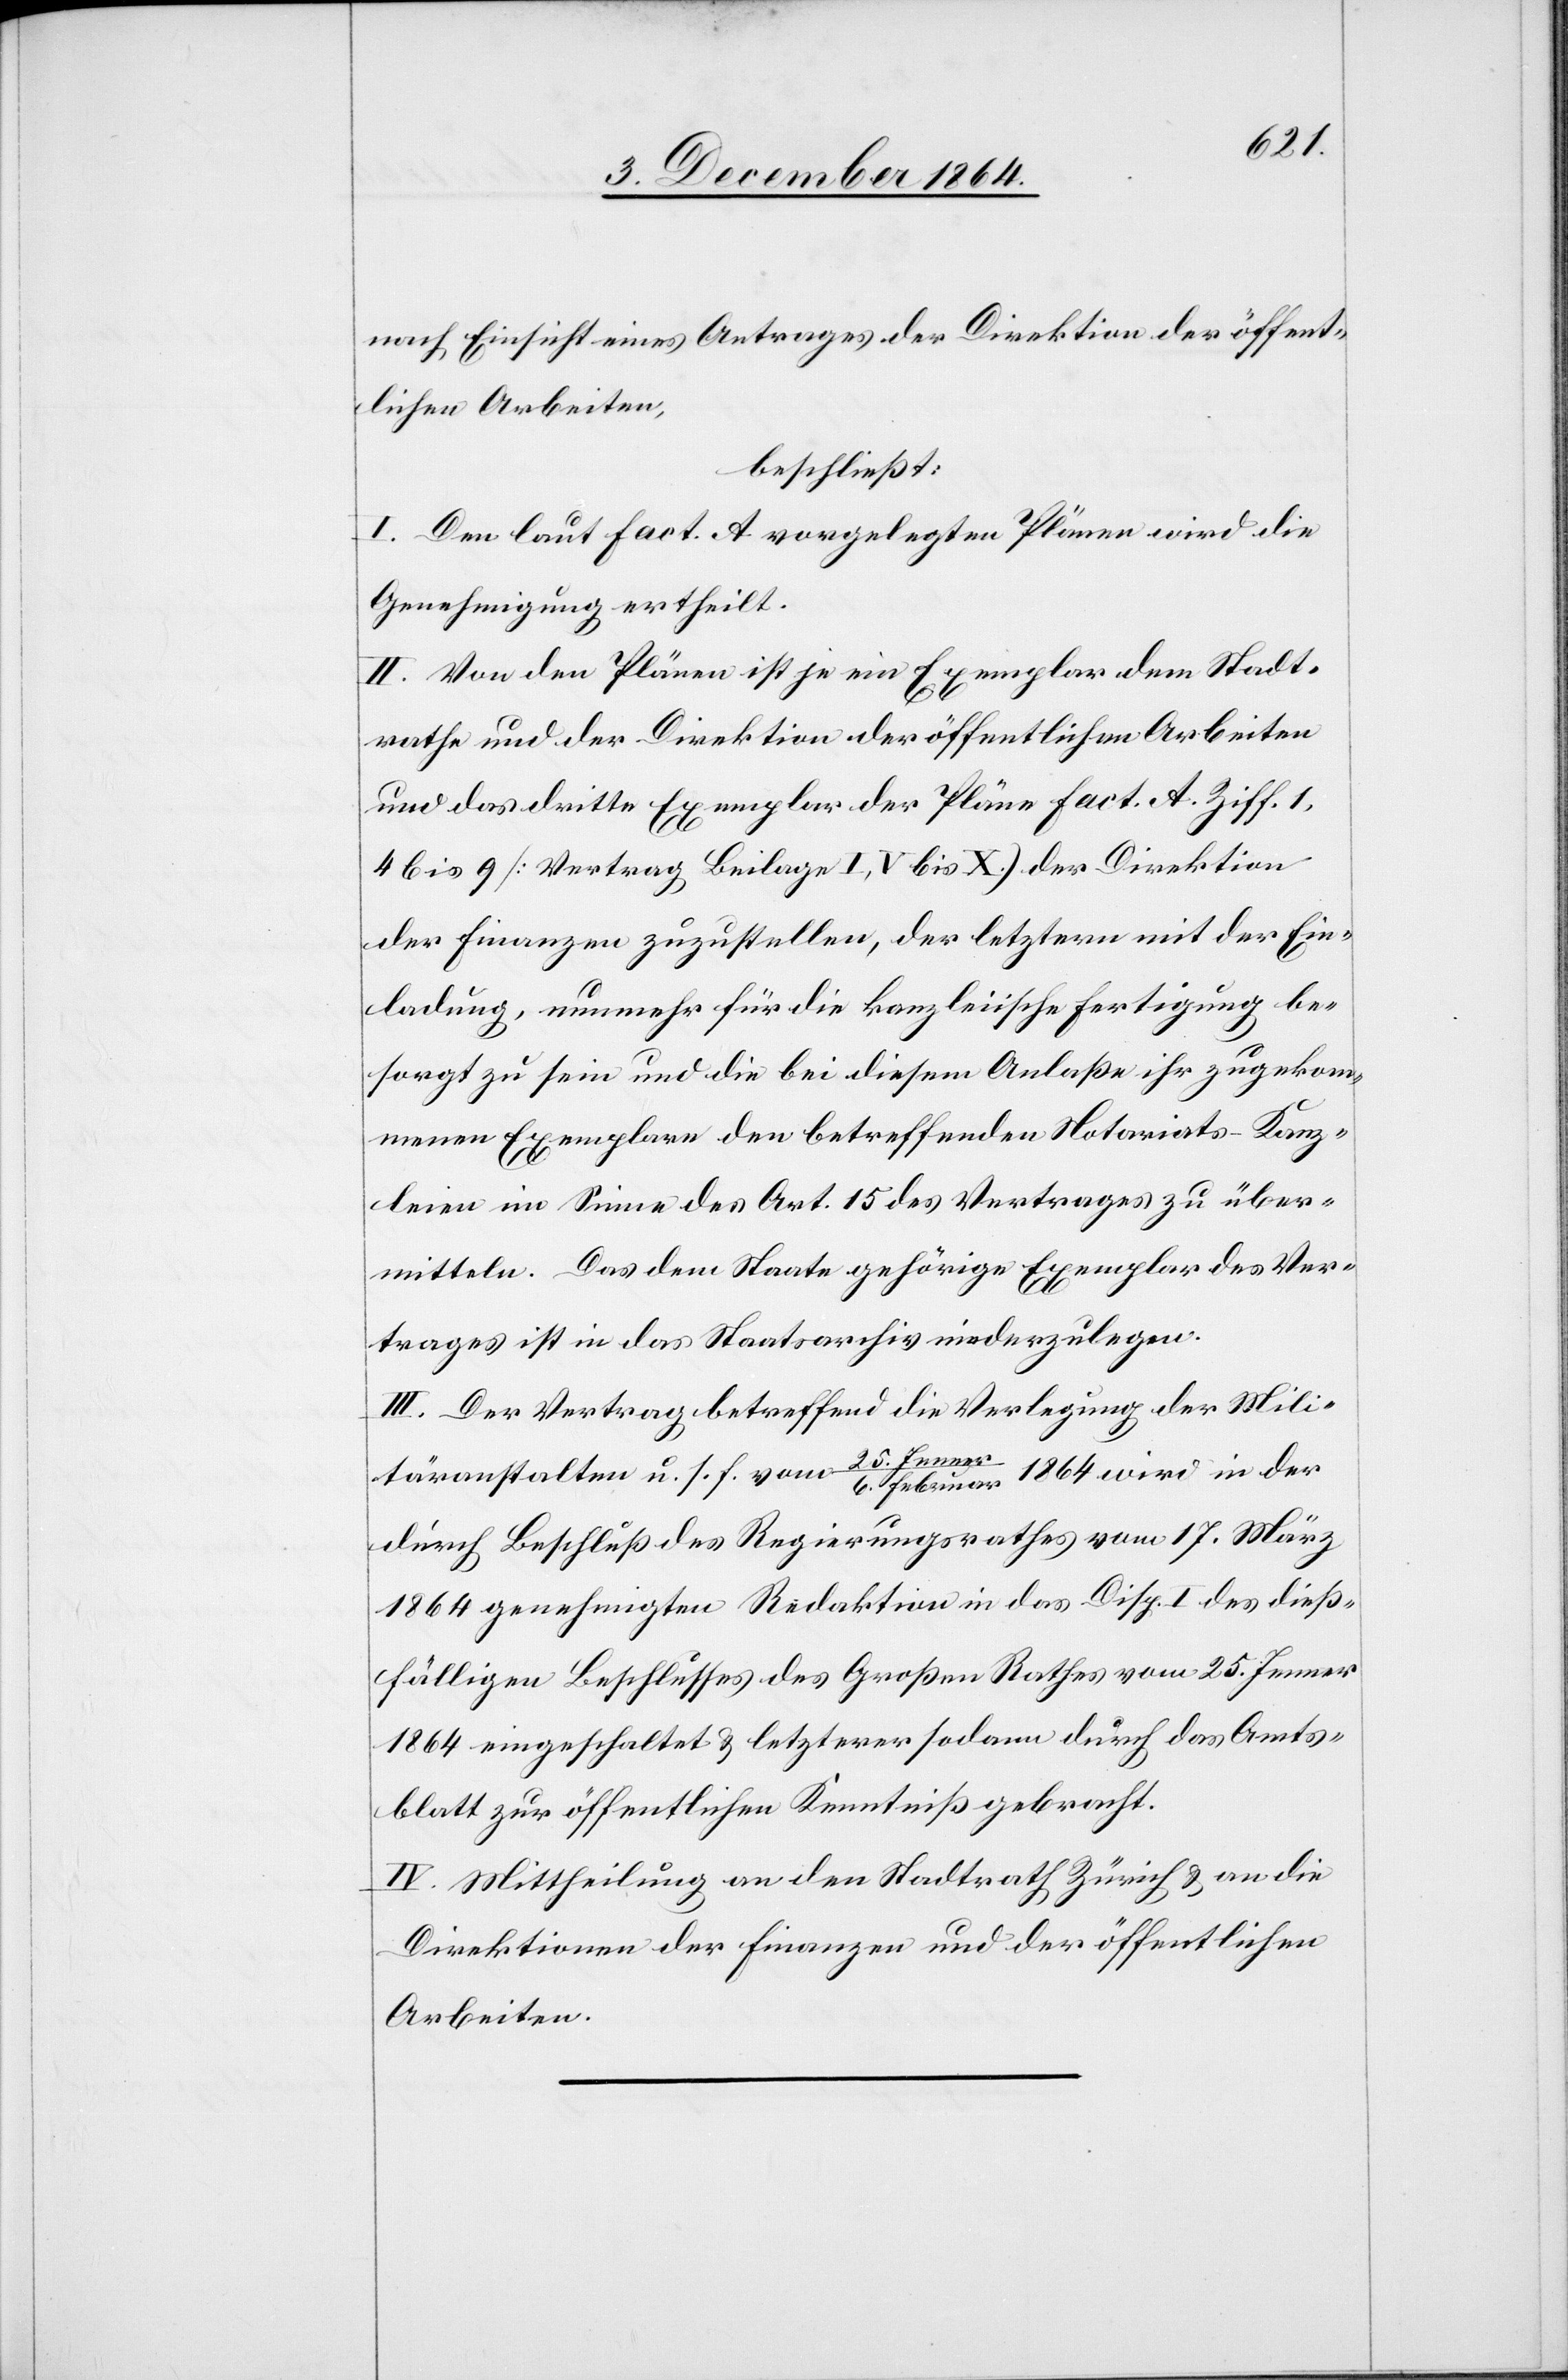
nach Einsicht eines Antrages der Direktion der öffent¬
lichen Arbeiten,
beschließt:
I. Den laut Fact. A vorgelegten Plänen wird die
Genehmigung ertheilt.
II. Von den Plänen ist je ein Exemplar dem Stadt¬
rathe und der Direktion der öffentlichen Arbeiten
und das dritte Exemplar der Pläne Fact. A Ziff. 1,
4 bis 9 [Vertrag Beilage I, V bis X.] der Direktion
der Finanzen zuzustellen, der letztern mit der Ein¬
ladung, nunmehr für die kanzleiische Fertigung be¬
sorgt zu sein und die bei diesem Anlaße ihr zugekom¬
menen Exemplare den betreffenden Notariats-Kanz¬
leien im Sinne des Art. 15 des Vertrages zu über¬
mitteln. Das dem Staate gehörige Exemplar des Ver¬
trages ist in das Staatsarchiv niederzulegen.
III. Der Vertrag betreffend die Verlegung der Mili¬
Jenne¬
täranstalten u. s. f. vom 25.
r/6. Februar 1864 wird in der
durch Beschluß des Regierungsrathes vom 17. März
1864 genehmigten Redaktion in das Disp. I des dieß¬
fälligen Beschlusses des Großen Rathes vom 25. Jenner
1864 eingeschaltet & letzterer sodann durch das Amts¬
blatt zur öffentlichen Kenntniß gebracht.
IV. Mittheilung an den Stadtrath Zürich & an die
Direktionen der Finanzen und der öffentlichen
Arbeiten.